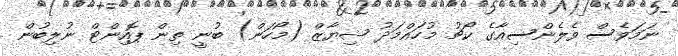
ނަމަވެސް ވެލެންސިއާގެ ކޯޗު މުހައްމަދު ޝިޔާޒް (މޯހަން) ބުނީ ތިން ޕޮއިންޓް ނުލިބުން